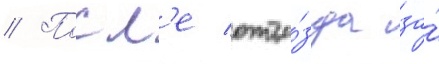
// Посл'е отъе́зда за́